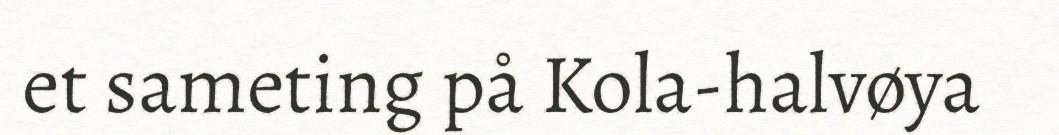
et sameting på Kola-halvøya